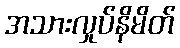
အသားလှုပ်နိမိတ်